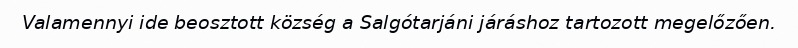
Valamennyi ide beosztott község a Salgótarjáni járáshoz tartozott megelőzően.